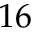
1 6